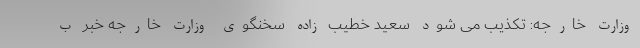
وزارت خارجه: تکذیب می شود سعید خطیب زاده سخنگوی وزارت خارجه خبر ب